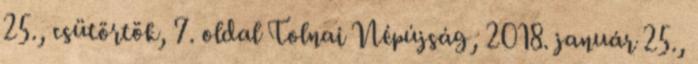
25., csütörtök, 7. oldal Tolnai Népújság, 2018. január 25.,